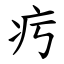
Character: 㽲